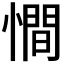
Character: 𢢀